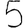
Digit: 5